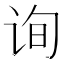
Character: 询